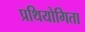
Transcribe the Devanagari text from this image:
प्रथियोगिता